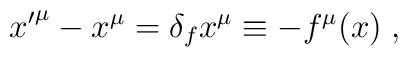
{x'}^\mu - x^\mu = \delta_f x^\mu \equiv -f^\mu (x) \;,